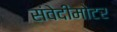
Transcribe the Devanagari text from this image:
संवेदीमोटर